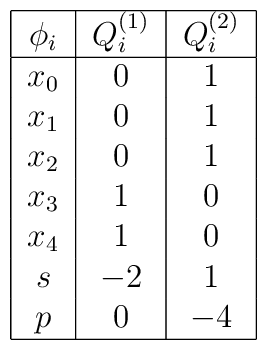
\begin{tabular}{|c|c|c|}  \hline  $\phi_i$&$Q^{(1)}_i$&$Q^{(2)}_i$\\  \hline  $x_0$ & 0 & 1 \\  $x_1$ & 0 & 1 \\  $x_2$ & 0 & 1 \\  $x_3$ & 1 & 0 \\  $x_4$ & 1 & 0 \\  $s$ & $-2$ & 1 \\  $p$ & 0 & $-4$ \\  \hline\end{tabular}